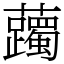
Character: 䕽